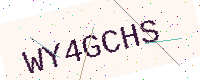
Text: WY4GCHS